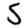
Digit: 5